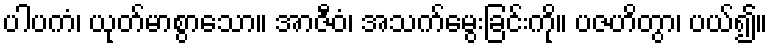
ပါပကံ၊ ယုတ်မာစွာသော။ အာဇီဝံ၊ အသက်မွေးခြင်းကို။ ပဇဟိတွာ၊ ပယ်၍။